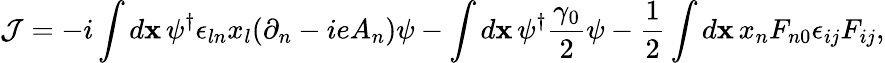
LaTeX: {\cal J}=-i\int{d{\mathbf x}\, \psi^{\dagger}\epsilon_{ln}x_{l}(\partial_{n}-ieA_{n})\psi}-\int{d{\mathbf x}\, \psi^{\dagger}\frac{\gamma_{0}}{2}\psi}-\frac{1}{2}\int{d{\mathbf x}\, x_{n}F_{n0}\epsilon_{ij}F_{ij}},